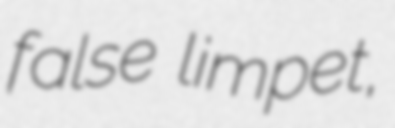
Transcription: false limpet,